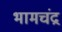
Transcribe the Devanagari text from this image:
भामचंद्र